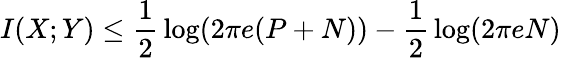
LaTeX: I(X;Y)\leq{\frac{1}{2}}\log(2\pi e(P+N))-{\frac{1}{2}}\log(2\pi eN)\,